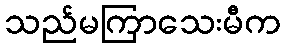
သည်မကြာသေးမီက